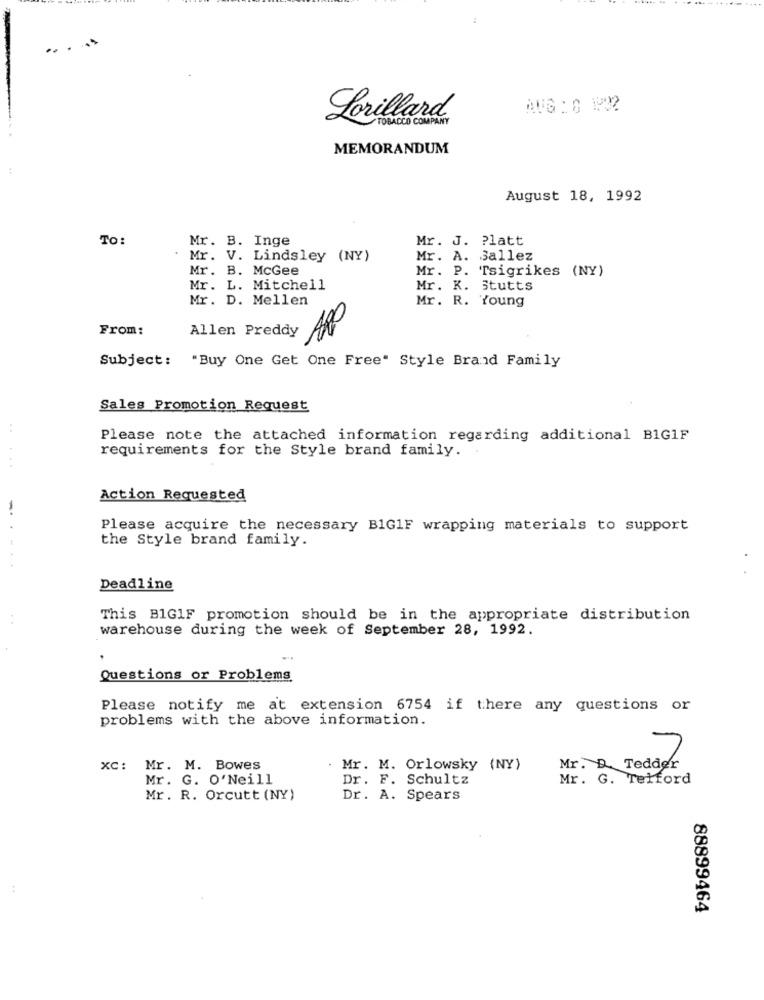
..
AUG : 0 1902
Lorillard
TOBACCO COMPANY
MEMORANDUM
August 18, 1992
TO:
Mr. B. Inge
Mr. J. Platt
Mr. V. Lindsley (NY)
Mr. A. Sallez
Mr. B. McGee
Mr. P. Tsigrikes (NY)
Mr. L. Mitchell
Mr. K. Stutts
Mr. D. Mellen
Mr. R. Young
From:
Allen Preddy
Subject: "Buy One Get One Free" Style Brand Family
Sales Promotion Request
. .
Please note the attached information regarding additional BIG1F
requirements for the Style brand family. .
Action Requested
-
Please acquire the necessary B1G1F wrapping materials to support
the Style brand family.
Deadline
This BIG1F promotion should be in the appropriate distribution
warehouse during the week of September 28, 1992.
Questions or Problems
Please notify me at extension 6754 if there any questions or
problems with the above information.
xc :
Mr. M. Bowes
. Mr. M. Orlowsky (NY)
Mr. R Tedder
da 7
Mr. G. O'Neill
Dr. F. Schultz
Mr. G. Telford
Mr. R. Orcutt (NY)
Dr. A. Spears
88899464